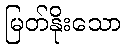
မြတ်နိုးသော